Report on vaccination in Madras 1895-1903 - 1895-1903
Year: 1895
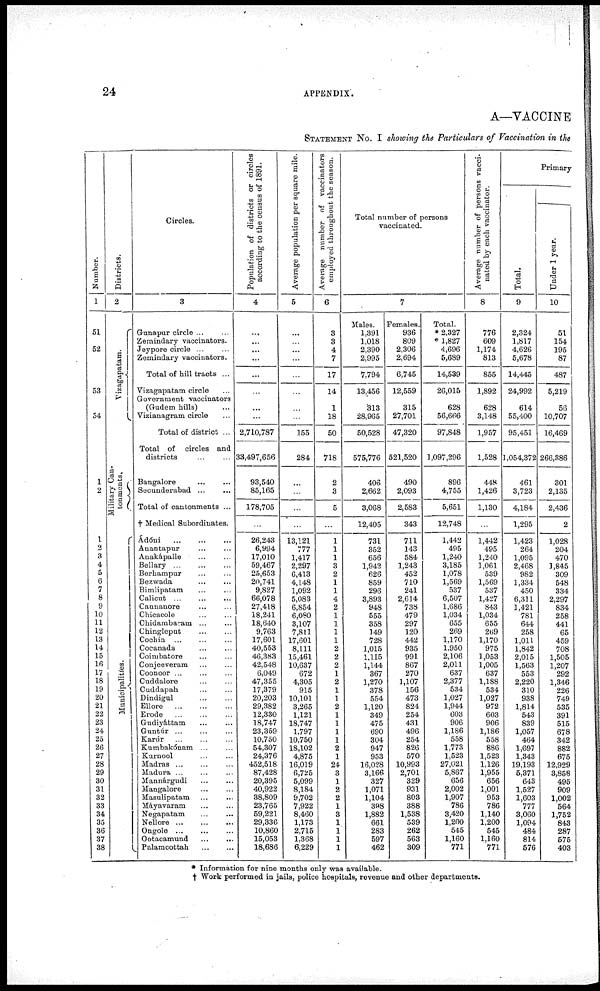
24
APPENDIX.
A—VACCINE
STATEMENT No. I showing the Particulars of Vaccination in the
Number.
1
51
52
53
54
1
2
1
2
3
4
5
6
7
8
9
10
11
12
13
14
15
16
17
18
19
20
21
22
23
24
25
26
27
28
29
30
31
32
33
34
35
36
37
38
Districts.
2
Vizagapatam.
Military Can-
tonments.
Municipalities.
Circles.
3
Gunapur circle ... ...
Zemindary vaccinators.
Jeypore circle ... ...
Zemindary vaccinators.
Total of hill tracts ...
Vizagapatam circle ...
Government vaccinators
(Gudem hills) ...
Vizianagram circle ...
Total of district ...
Total of circles and
districts ... ...
Bangalore
...
...
Secunderabad ... ...
Total of cantonments ...
† Medical Subordinates.
Ádóni
...
...
...
Anantapur ... ...
Anakápalle ... ...
Bellary
...
...
...
Berhampur ... ...
Bezwada ... ...
Bimlipatam ... ...
Calicut ... ... ...
Cannanore ... ...
Chicacole ... ...
Chidambaram ... ...
Chingleput
...
...
Cochin ... ... ...
Cocanada ... ...
Coimbatore ... ...
Conjeeveram ... ...
Coonoor ... ... ...
Cuddalore
...
...
Cuddapah ... ...
Dindigul ... ...
Ellore
...
...
...
Erode
...
...
...
Gudiyáttam ... ...
Guntúr ... ... ...
Karúr
...
...
...
Kumbakónam
...
...
Kurnool ... ...
Madras
...
...
...
Madura ... ... ...
Mannárgudi ... ...
Mangalore ... ...
Masulipatam ... ...
Máyavaram ... ...
Negapatam ... ...
Nellore ... ... ...
Ongole
...
...
...
Ootacamund
...
...
Palamcottah
...
...
Population of districts or circles
according to the census of 1891.
4
...
...
...
...
...
...
...
...
2,710,787
33,497,656
93,540
85,165
178,705
...
26,243
6,994
17,010
59,467
25,653
20,741
9,827
66,078
27,418
18,241
18,640
9,763
17,601
40,553
46,383
42,548
6,049
47,355
17,379
20,203
29,382
12,330
18,747
23,359
10,750
54,307
24,376
452,518
87,428
20,395
40,922
38,809
23,765
59,221
29,336
10,860
15,053
18,686
Average population per square mile.
5
...
...
...
...
...
...
...
...
155
284
...
...
...
...
13,121
777
1,417
2,297
6,413
4,148
1,092
5,083
6,854
6,080
3,107
7,811
17,601
8,111
15,461
10,637
672
4,305
915
10,101
3,265
1,121
18,747
1,797
10,750
18,102
4,875
16,019
6,725
5,099
8,184
9,702
7,922
8,460
1,173
2,715
1,368
6,229
Average number of vaccinators
employed throughout the season.
6
3
3
4
7
17
14
1
18
50
718
2
3
5
...
1
1
1
3
2
1
1
4
2
1
1
1
1
2
2
2
1
2
1
1
2
1
1
1
1
2
1
24
3
1
2
2
1
3
1
1
1
1
Total number of persons
vaccinated.
7
Males.
1,391
1,018
2,390
2,995
7,794
13,456
313
28,965
50,528
575,776
406
2,662
3,068
12,405
731
352
656
1,942
626
859
296
3,893
948
555
358
149
728
1,015
1,115
1,144
367
1,270
378
554
1,120
349
475
690
304
947
953
16,028
3,166
327
1,071
1,104
398
1,882
661
283
597
462
Females.
936
809
2,306
2,694
6,745
12,559
315
27,701
47,320
521,520
490
2,093
2,583
343
711
143
584
1,243
452
710
241
2,614
738
479
297
120
442
935
991
867
270
1,107
156
473
824
254
431
496
254
826
570
10,993
2,701
329
931
803
388
1,538
539
262
563
309
Total.
* 2,327
* 1,827
4,696
5,689
14,539
26,015
628
56,666
97,848
1,097,296
896
4,755
5,651
12,748
1,442
495
1,240
3,185
1,078
1,569
537
6,507
1,686
1,034
655
269
1,170
1,950
2,106
2,011
637
2,377
534
1,027
1,944
603
906
1,186
558
1,773
1,523
27,021
5,867
656
2,002
1,907
786
3,420
1,200
545
1,160
771
Average number of persons vacci-
nated by each vaccinator.
8
776
609
1,174
813
855
1,892
628
3,148
1,957
1,528
448
1,426
1,130
...
1,442
495
1,240
1,061
539
1,569
537
1,427
843
1,034
655
269
1,170
975
1,053
1,005
637
1,188
534
1,027
972
603
906
1,186
558
886
1,523
1,126
1,955
656
1,001
953
786
1,140
1,200
545
1,160
771
Primary
Total.
9
2,324
1,817
4,626
5,678
14,445
24,992
614
55,400
95,451
1,054,372
461
3,723
4,184
1,295
1,423
264
1,095
2,468
982
1,334
450
6,311
1,421
781
644
258
1,011
1,842
2,015
1,563
553
2,220
310
938
1,814
543
839
1,057
464
1,697
1,343
19,193
5,371
643
1,527
1,603
777
3,060
1,094
484
814
576
Under 1 year.
10
51
154
195
87
487
5,219
56
10,707
16,469
266,386
301
2,135
2,436
2
1,028
204
470
1,845
309
548
334
2,297
834
258
441
65
459
708
1,505
1,207
292
1,346
226
749
535
391
515
678
342
882
675
12,929
3,858
495
909
1,002
564
1,752
843
287
575
403
* Information for nine months only was available.
† Work performed in jails, police hospitals, revenue and other departments.